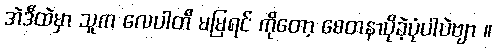
အဲဒီထဲမှာ သူက လေပါတီ မမြရင် ကိုတော့ စေတနာပိုခဲ့ပုံပါပဲဗျာ ။